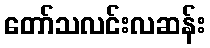
တော်သလင်းလဆန်း